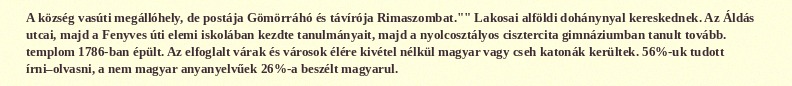
A község vasúti megállóhely, de postája Gömörráhó és távírója Rimaszombat."" Lakosai alföldi dohánynyal kereskednek. Az Áldás utcai, majd a Fenyves úti elemi iskolában kezdte tanulmányait, majd a nyolcosztályos cisztercita gimnáziumban tanult tovább. templom 1786-ban épült. Az elfoglalt várak és városok élére kivétel nélkül magyar vagy cseh katonák kerültek. 56%-uk tudott írni–olvasni, a nem magyar anyanyelvűek 26%-a beszélt magyarul.